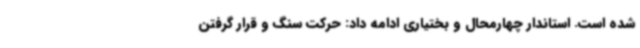
شده است. استاندار چهارمحال و بختیاری ادامه داد: حرکت سنگ و قرار گرفتن